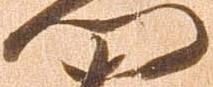
門